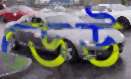
ডেউ